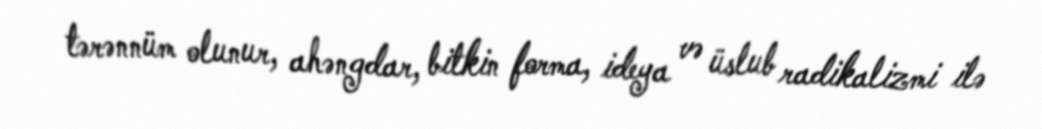
tərənnüm olunur, ahəngdar, bitkin forma, ideya və üslub radikalizmi ilə